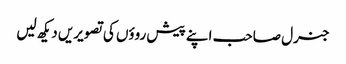
جنرل صاحب اپنے پیش روؤں کی تصویریں دیکھ لیں